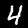
Digit: 4